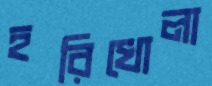
হরিখোলা